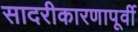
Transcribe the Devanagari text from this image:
सादरीकारणापूर्वी